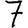
Digit: 7